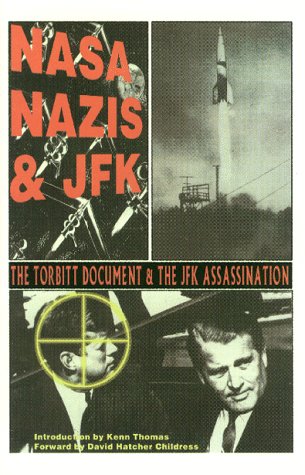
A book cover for NASA, Nazis & JFK; William Torbitt; Biographies & Memoirs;